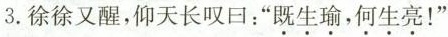
3.徐徐又醒，仰天长叹日：”\underset{·}{既}\underset{·}{生}\underset{·}{瑜}，\underset{·}{何}\underset{·}{生}\underset{·}{亮}！”